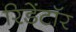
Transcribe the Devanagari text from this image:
रिडेंटॉर